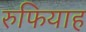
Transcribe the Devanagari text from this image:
रुफियाह